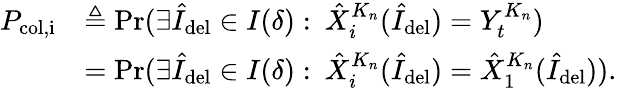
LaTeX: \begin{array}{rl}{P_{\mathrm{col,i}}}&{\triangleq\operatorname*{Pr}(\exists\hat{I}_{\mathrm{del}}\in I(\delta):\: \hat{X}_{i}^{K_{n}}(\hat{I}_{\mathrm{del}})=Y_{t}^{K_{n}})}\\ &{=\operatorname*{Pr}(\exists\hat{I}_{\mathrm{del}}\in I(\delta):\: \hat{X}_{i}^{K_{n}}(\hat{I}_{\mathrm{del}})=\hat{X}_{1}^{K_{n}}(\hat{I}_{\mathrm{del}})).}\end{array}